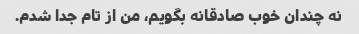
نه چندان خوب صادقانه بگویم، من از تام جدا شدم.